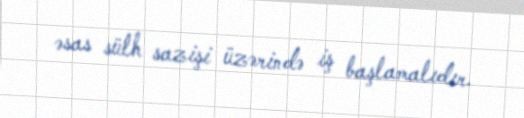
əsas sülh sazişi üzərində iş başlamalıdır.